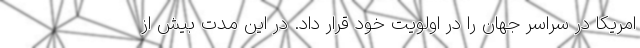
امریکا در سراسر جهان را در اولویت خود قرار داد. در این مدت بیش از